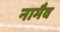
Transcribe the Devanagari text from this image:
नामैव